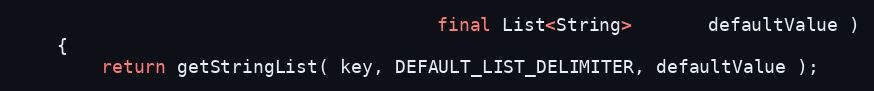
Language: Java
                                       final List<String>       defaultValue )
    {
        return getStringList( key, DEFAULT_LIST_DELIMITER, defaultValue );